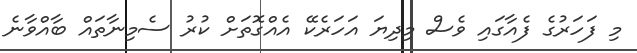
މި ފަހަރުގެ ފެއާގައި ވެސް މިދިޔަ އަހަރެކޭ އެއްގޮތަށް ކުރު ސެމިނާތައް ބާއްވާނެ